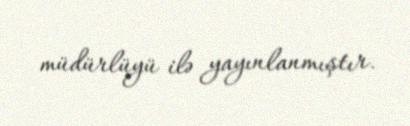
müdürlüyü ilə yayınlanmıştır.